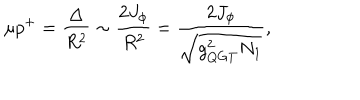
\mu p ^ { + } = \frac { \Delta } { R ^ { 2 } } \sim \frac { 2 J _ { \phi } } { R ^ { 2 } } = \frac { 2 J _ { \phi } } { \sqrt { g _ { Q G T } ^ { 2 } N _ { 1 } } } ,